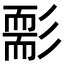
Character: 𦓘